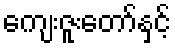
ကျေးဇူးတော်နှင့်